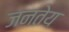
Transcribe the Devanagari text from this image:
जनतेय